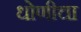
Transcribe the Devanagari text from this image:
धोणीचा